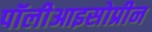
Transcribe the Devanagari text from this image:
पॉलीआइसोप्रीन